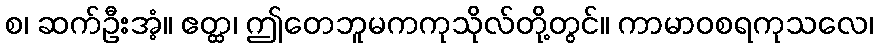
စ၊ ဆက်ဦးအံ့။ ဧတ္ထ၊ ဤတေဘူမကကုသိုလ်တို့တွင်။ ကာမာဝစရကုသလေ၊